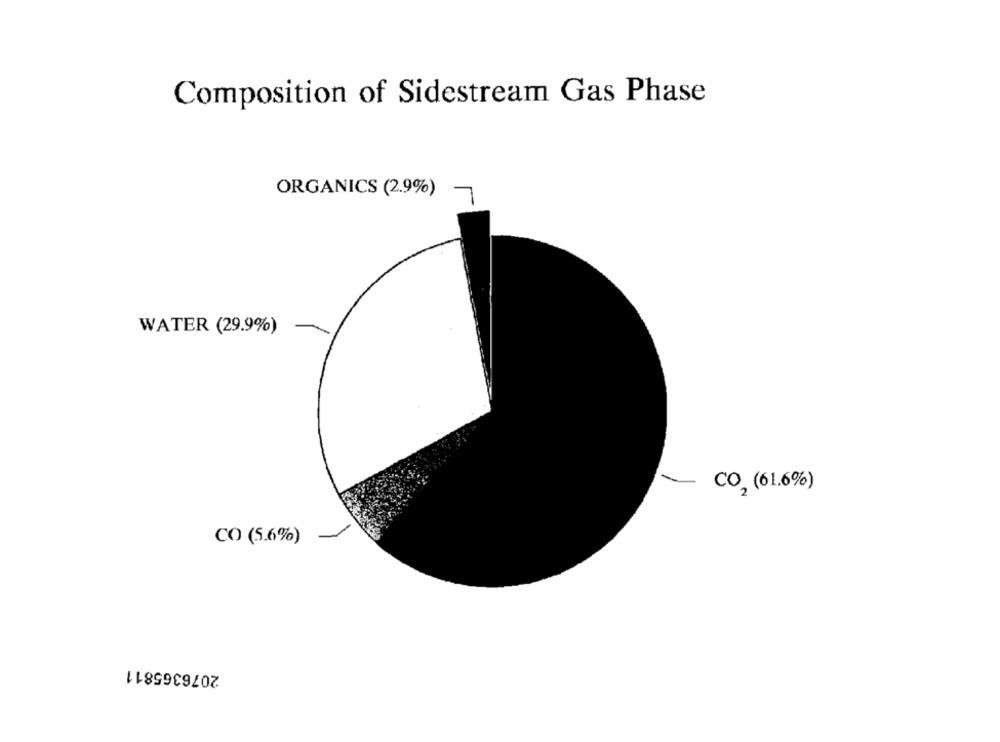
Composition of Sidestream Gas Phase
ORGANICS (2.9%) 7
WATER (29.9%)
CO, (61.6%)
CO (5.6%)
2076365811